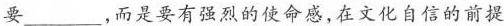
要_______，而是要有强烈的使命感，在文化自信的前提